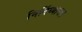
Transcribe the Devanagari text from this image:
निर्दिध्यासन